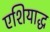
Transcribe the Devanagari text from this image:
एशियाद्ध